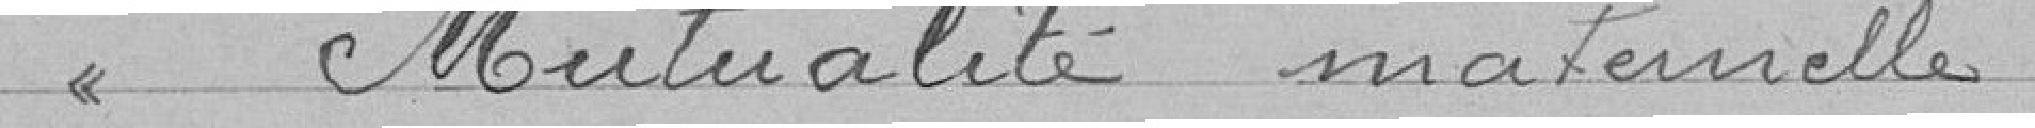
> Mutualité maternelle :